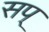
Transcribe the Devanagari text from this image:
सप्